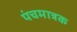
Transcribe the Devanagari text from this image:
पंचमात्रक